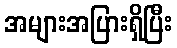
အများအပြားရှိပြီး